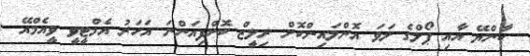
ކާންޔޭ އާއި ޕޯލްގެ ލަވަ އޮންލައިންކޮށް ރިލީޒް ކޮށްފިއަންނަ އަހަރު އެމްޓީވީ ވީއެމްއޭ